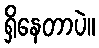
ရှိနေတာပဲ။